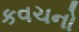
કવચનો